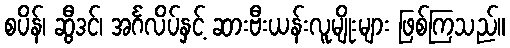
စပိန်၊ ဆွီဒင်၊ အင်္ဂလိပ်နှင့် ဆားဗီးယန်းလူမျိုးများ ဖြစ်ကြသည်။